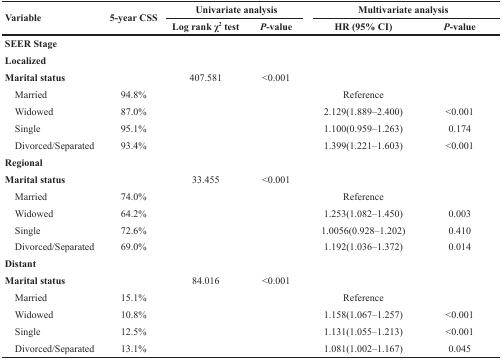
<table><thead><tr><td rowspan="2"><b>Variable</b></td><td rowspan="2"><b>5-year CSS</b></td><td colspan="2"><b>Univariate analysis</b></td><td colspan="2"><b>Multivariate analysis</b></td></tr><tr><td><b>Log rank χ<sup>2</sup> test</b></td><td><b><i>P</i>-value</b></td><td><b>HR (95% CI)</b></td><td><b><i>P</i>-value</b></td></tr></thead><tbody><tr><td><b>SEER Stage</b></td><td></td><td></td><td></td><td></td><td></td></tr><tr><td><b>Localized</b></td><td></td><td></td><td></td><td></td><td></td></tr><tr><td><b>Marital status</b></td><td></td><td>407.581</td><td>&lt;0.001</td><td></td><td></td></tr><tr><td> Married</td><td>94.8%</td><td></td><td></td><td>Reference</td><td></td></tr><tr><td> Widowed</td><td>87.0%</td><td></td><td></td><td>2.129(1.889–2.400)</td><td>&lt;0.001</td></tr><tr><td> Single</td><td>95.1%</td><td></td><td></td><td>1.100(0.959–1.263)</td><td>0.174</td></tr><tr><td> Divorced/Separated</td><td>93.4%</td><td></td><td></td><td>1.399(1.221–1.603)</td><td>&lt;0.001</td></tr><tr><td><b>Regional</b></td><td></td><td></td><td></td><td></td><td></td></tr><tr><td><b>Marital status</b></td><td></td><td>33.455</td><td>&lt;0.001</td><td></td><td></td></tr><tr><td> Married</td><td>74.0%</td><td></td><td></td><td>Reference</td><td></td></tr><tr><td> Widowed</td><td>64.2%</td><td></td><td></td><td>1.253(1.082–1.450)</td><td>0.003</td></tr><tr><td> Single</td><td>72.6%</td><td></td><td></td><td>1.0056(0.928–1.202)</td><td>0.410</td></tr><tr><td> Divorced/Separated</td><td>69.0%</td><td></td><td></td><td>1.192(1.036–1.372)</td><td>0.014</td></tr><tr><td><b>Distant</b></td><td></td><td></td><td></td><td></td><td></td></tr><tr><td><b>Marital status</b></td><td></td><td>84.016</td><td>&lt;0.001</td><td></td><td></td></tr><tr><td> Married</td><td>15.1%</td><td></td><td></td><td>Reference</td><td></td></tr><tr><td> Widowed</td><td>10.8%</td><td></td><td></td><td>1.158(1.067–1.257)</td><td>&lt;0.001</td></tr><tr><td> Single</td><td>12.5%</td><td></td><td></td><td>1.131(1.055–1.213)</td><td>&lt;0.001</td></tr><tr><td> Divorced/Separated</td><td>13.1%</td><td></td><td></td><td>1.081(1.002–1.167)</td><td>0.045</td></tr></tbody></table>